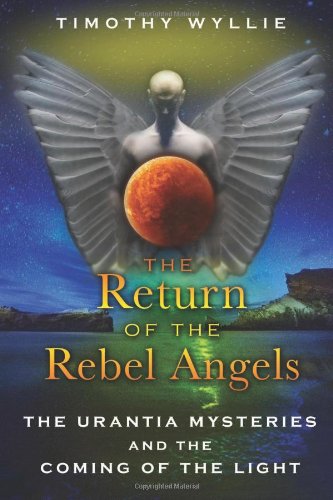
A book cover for The Return of the Rebel Angels: The Urantia Mysteries and the Coming of the Light; Timothy Wyllie; Religion & Spirituality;